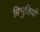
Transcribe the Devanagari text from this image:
बिभुतियों